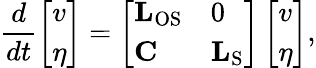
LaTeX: \frac{d}{dt}\left[\begin{array}{l}{v}\\ {\eta}\end{array}\right]=\left[\begin{array}{ll}{\mathbf{L}_{\textrm{OS}}}&{0}\\ {\mathbf{C}}&{\mathbf{L}_{\textrm{S}}}\end{array}\right]\left[\begin{array}{l}{v}\\ {\eta}\end{array}\right],